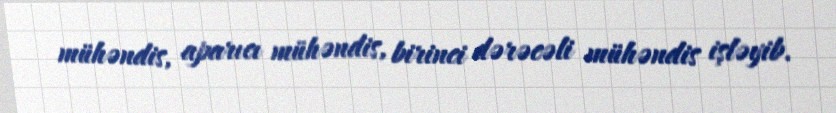
mühəndis, aparıcı mühəndis, birinci dərəcəli mühəndis işləyib.